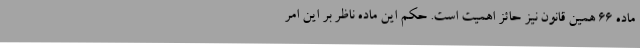
ماده ۶۶ همین قانون نیز حائز اهمیت است. حکم این ماده ناظر بر این امر